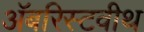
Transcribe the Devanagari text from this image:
अॅबरिस्टवीथ